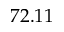
7 2 . 1 1